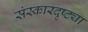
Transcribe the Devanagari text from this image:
संस्कारदृष्ट्या